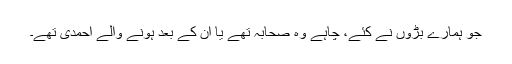
جو ہمارے بڑوں نے کئے، چاہے وہ صحابہ تھے یا اُن کے بعد ہونے والے احمدی تھے۔